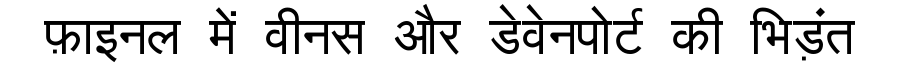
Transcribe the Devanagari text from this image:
फ़ाइनल में वीनस और डेवेनपोर्ट की भिड़ंत